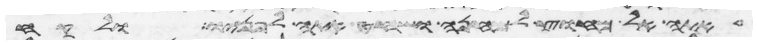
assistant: אתה אל מחוץ למחנה ושחט אתה לפניו ולקח